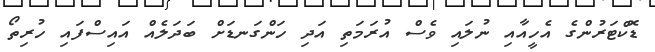
ޑޮކްޓަރުންގެ އެހީއާއި ނުލައި ވެސް އުރަމަތި އަދި ހަންގަނޑަށް ބަދަލެއް އައިސްފައި ހުރިތޯ